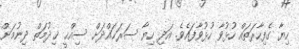
ހިޔާ ގެފިހާރަތައް ހުޅުވާ ހުޅުވާފައެވެ. އަދި ހިޔާ ސަރަޙައްދަށް ސިއްޙީ ޚިދުމަތް ދިނުމަށް